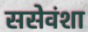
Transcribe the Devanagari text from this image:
ससेवंशा